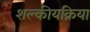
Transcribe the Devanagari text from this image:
शल्कीयक्रिया